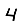
Digit: 4